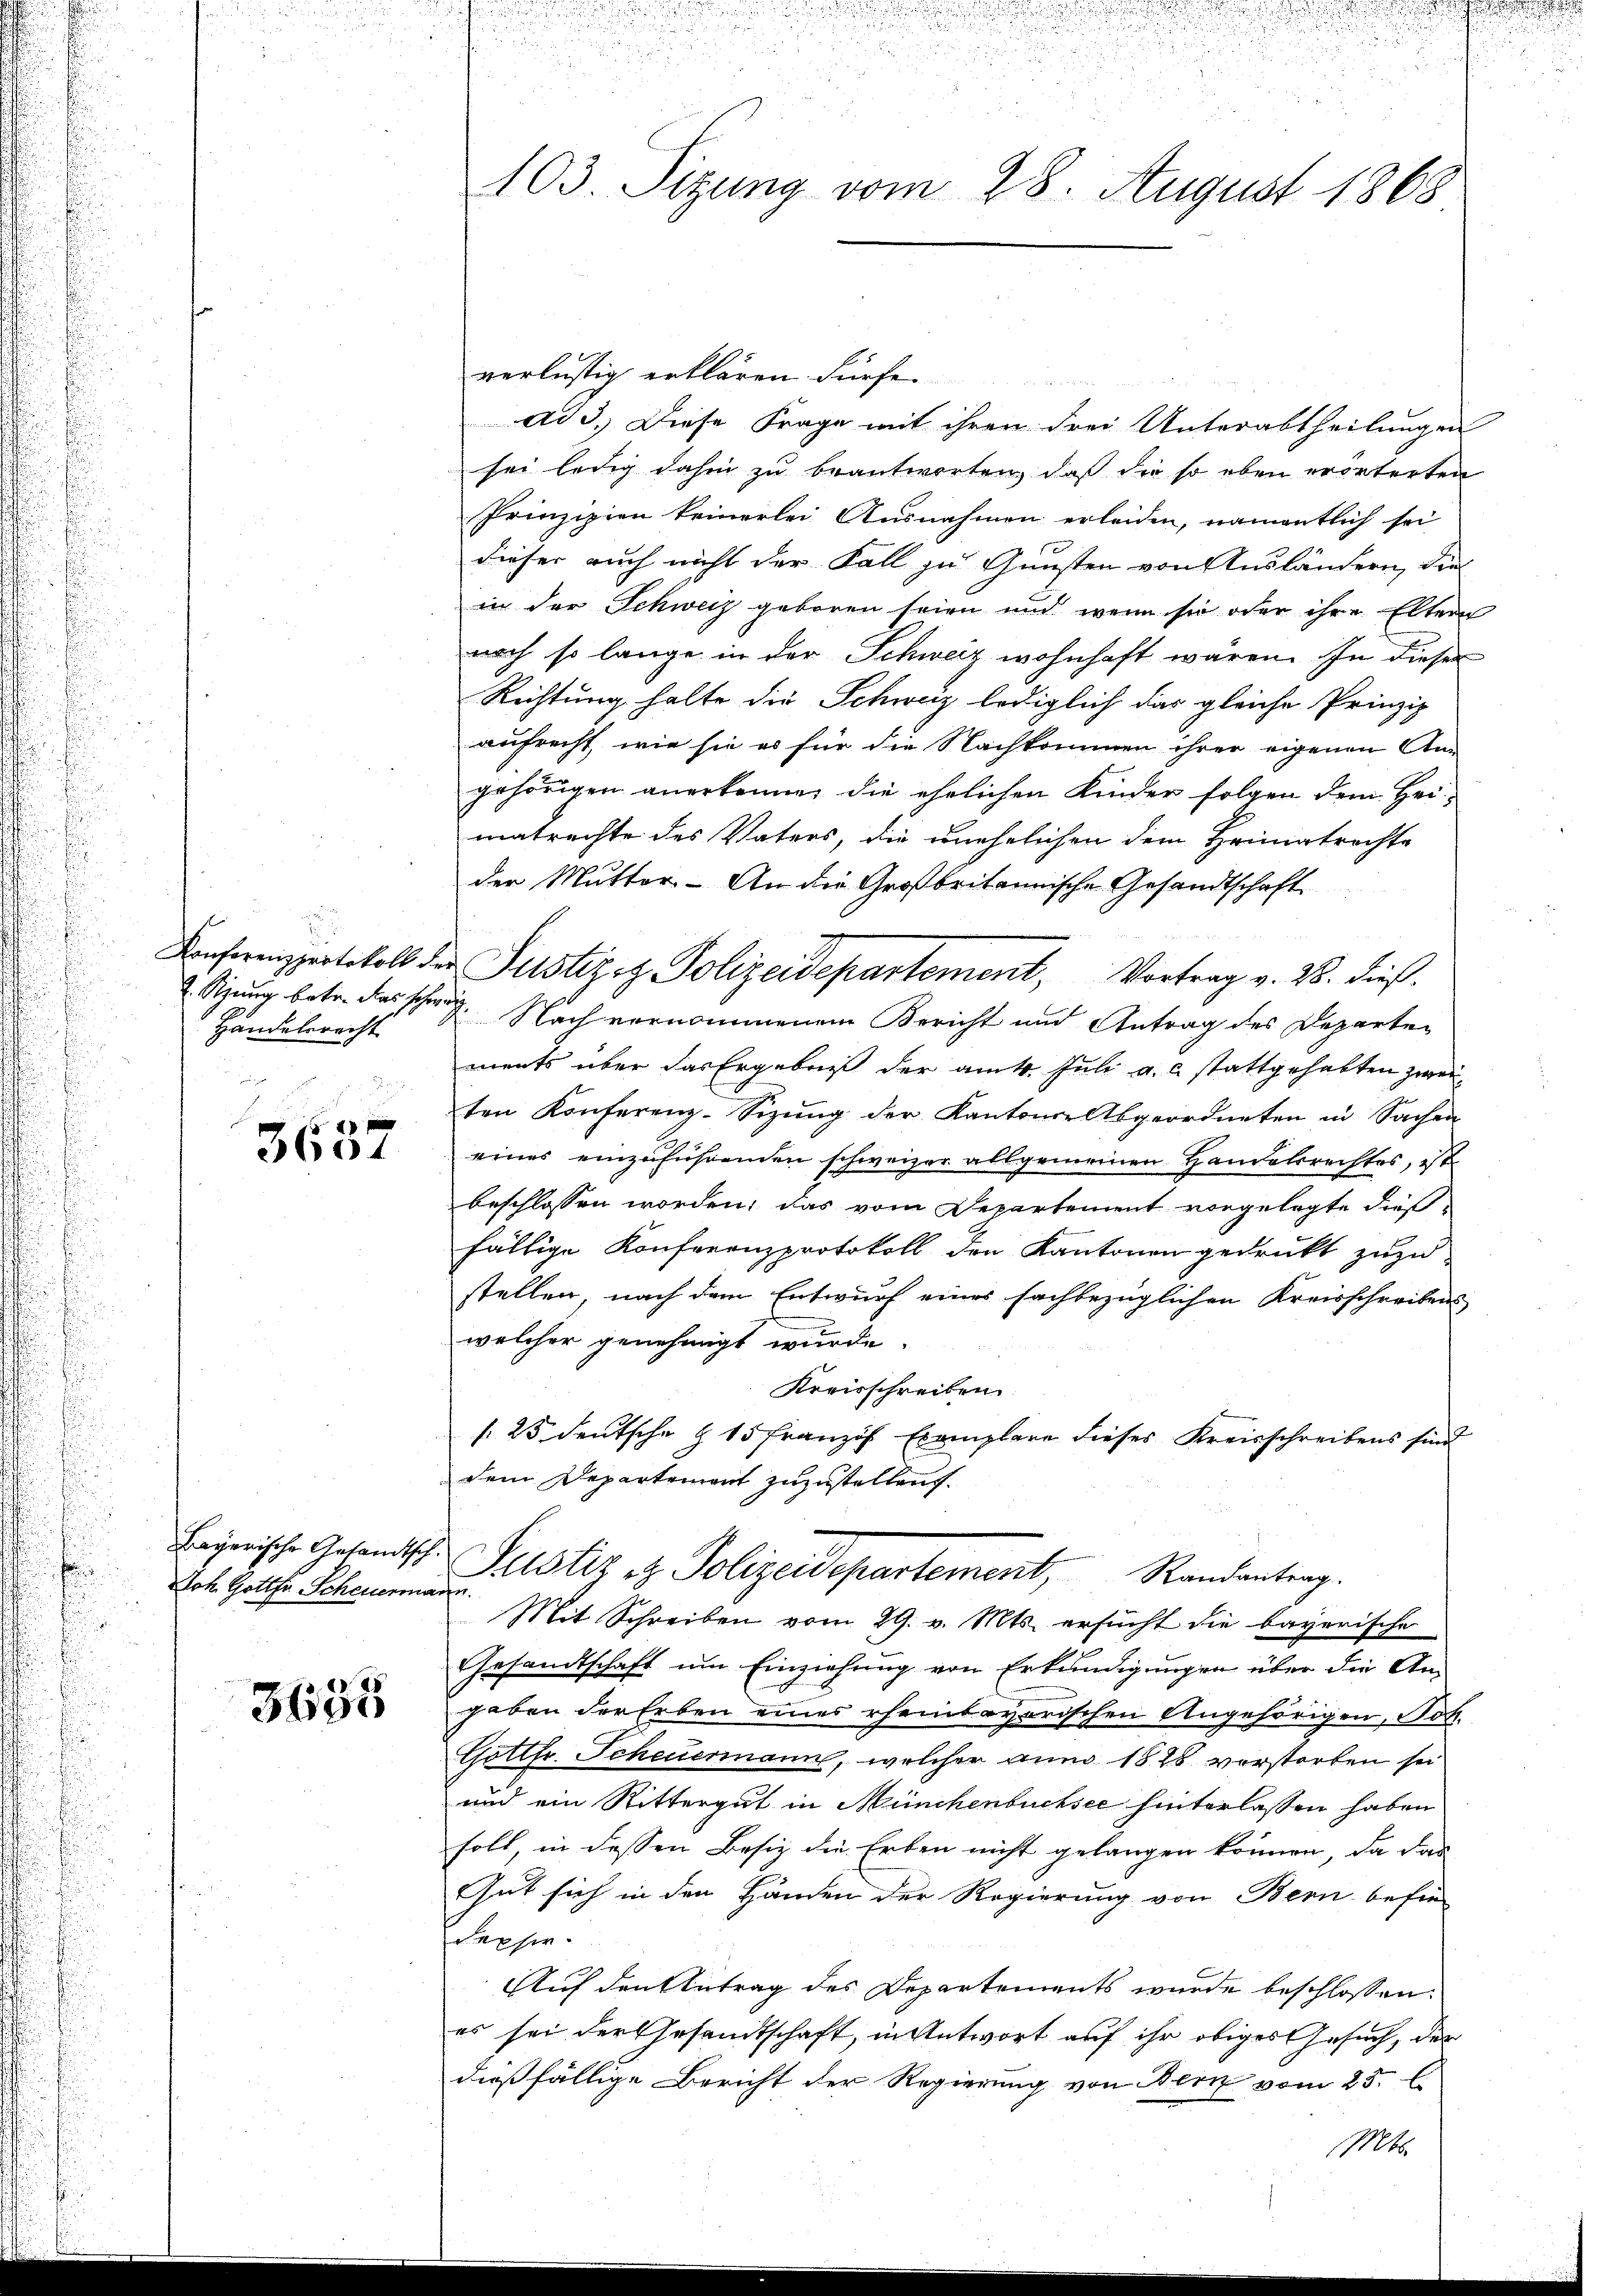
Handelsrecht.

n
3631

Joh. Gotter Scheuermann

3685

verlustig erklären. Fürfe.

ad 3. Diese Frage mit ihren drei Unterabtheilungen
sei ledig dahin zu beantworten, daß die so eben erörterten
Prinzipien keinerlei Ausnahmen erleiden, namentlich sei
dieser auch nicht der Fall zu Gunsten von Ausländern, die
in der Schweiz geboren seien und wenn sie oder ihre Eltern
nach so lange in der Schweiz wohnhaft wären. In dieser
Richtung halte die Schweiz lediglich das gleiche Prinzip
aufrecht, wie sie es für die Nachkommen ihrer eigenen Ann
gehörigen anerkenne, die ehelichen Kinder folgen dem Heimatrechte des Vaters, die unehelichen dem Heimatrachte
der Mutter. - An die Großbritannische Gesandtschaft
Konferenzprotokoll der Justizsz. Polizeidepartement, Vortrag v. 28. dieß.
2. Siung betr. das schwer. Nach vernommenem Bericht und Antrag des Departen
ments über das Ergebniß der am 4. Juli a.c. stattgehabten zweiten Konferenz-Sizŭng der Kantons-Abgeordneten in Sachen
eines einzŭführenden schweizer allgemeinen Handelsrechtes, ist
beschlossen worden, das vom Departement vorgelegte dieß
fällige Konferenzprotokoll den Kantonen gedruckt zuzu
stellen, nach dem Entwurf eines sachbezüglichen Kreisschreibens
welcher genehmigt wurde.
Kreisschreiben.
/25. deutsche § 15 Französ. Exemplare dieses Kreisschreibens sind
dem Departement zuzustellen.
bayerische Gesandtsch. Justiz et Polizeidepartement, Randantrag.
Mit Schreiben vom 29. v. Mts. ersucht die bayerische
Gesandtschaft um Einziehung von Erkundigungen über die Angeben der Erben eines ehembavarischen Angehörigen, Satz.
Gottfr. Scheuermann, welcher aun 1828 vorstorben sei
und ein Rittergut in Münchenbuchsee hinterlassen haben
soll, in dessen Besiz die Erben nicht gelangen können, da das
Gut sich in den Händen der Regierung von Bern befie
Sepsir-
Auf den Antrag des Departements wurde beschlossen:
es sei der Gesandtschaft, in Antwort auf ihr obiges Gesuch, der
dießfällige Bericht der Regierung von Bern vom 25. E
Mts.

u
103. Sizung vom 28. August 1868

.
e

e